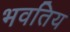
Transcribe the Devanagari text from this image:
भवतिय